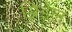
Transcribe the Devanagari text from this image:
ग्रिंडेल